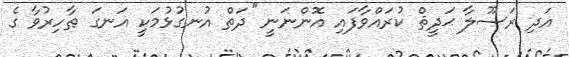
އަދި ރަސޫލާ ޙަދީޘް ކުރައްވާފައި އޮންނަނީ ''ދަތް އުނގުޅުމަކީ އަނގަ ޠާހިރުވާ ގެ